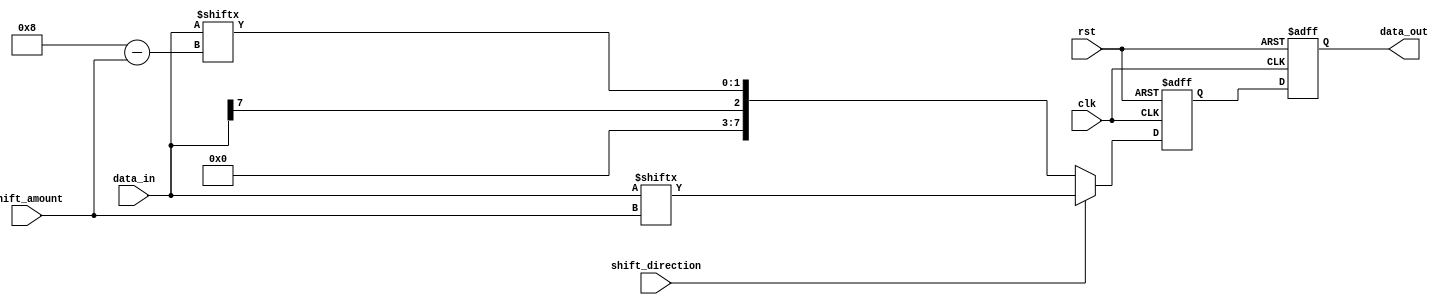
module CircularBarrelShifter (
    input wire clk,
    input wire rst,
    input wire [7:0] data_in,
    input wire [3:0] shift_amount,
    input wire shift_direction, // 0 for right, 1 for left
    output reg [7:0] data_out
);

reg [7:0] temp_data;

always @ (posedge clk or posedge rst) begin
    if (rst) begin
        data_out <= 8'b0;
        temp_data <= 8'b0;
    end else begin
        if (shift_direction) begin
            temp_data <= {data_in[shift_amount - 1:0], data_in[7:shift_amount]};
        end else begin
            temp_data <= {data_in[7-shift_amount:7], data_in[7:8-shift_amount]};
        end
        data_out <= temp_data;
    end
end

endmodule